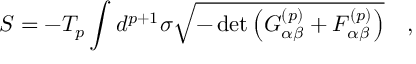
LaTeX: S = - T _ { p } \int d ^ { p + 1 } \sigma \sqrt { - \operatorname * { d e t } \left( G _ { \alpha \beta } ^ { ( p ) } + { \cal { F } } _ { \alpha \beta } ^ { ( p ) } \right) } \quad ,